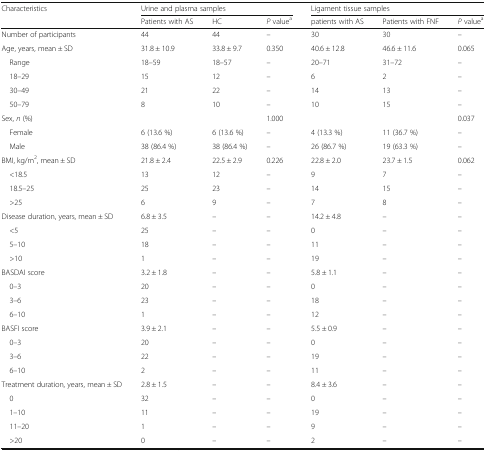
<table><thead><tr><td rowspan="2"><b>Characteristics</b></td><td colspan="3"><b>Urine and plasma samples</b></td><td colspan="3"><b>Ligament tissue samples</b></td></tr><tr><td><b>Patients with AS</b></td><td><b>HC</b></td><td><b><i>P</i> value<sup>a</sup></b></td><td><b>patients with AS</b></td><td><b>Patients with FNF</b></td><td><b><i>P</i> value<sup>a</sup></b></td></tr></thead><tbody><tr><td>Number of participants</td><td>44</td><td>44</td><td>–</td><td>30</td><td>30</td><td>–</td></tr><tr><td>Age, years, mean ± SD</td><td>31.8 ± 10.9</td><td>33.8 ± 9.7</td><td>0.350</td><td>40.6 ± 12.8</td><td>46.6 ± 11.6</td><td>0.065</td></tr><tr><td> Range</td><td>18–59</td><td>18–57</td><td>–</td><td>20–71</td><td>31–72</td><td>–</td></tr><tr><td> 18–29</td><td>15</td><td>12</td><td>–</td><td>6</td><td>2</td><td>–</td></tr><tr><td> 30–49</td><td>21</td><td>22</td><td>–</td><td>14</td><td>13</td><td>–</td></tr><tr><td> 50–79</td><td>8</td><td>10</td><td>–</td><td>10</td><td>15</td><td>–</td></tr><tr><td>Sex, <i>n</i> (%)</td><td></td><td></td><td>1.000</td><td></td><td></td><td>0.037</td></tr><tr><td> Female</td><td>6 (13.6 %)</td><td>6 (13.6 %)</td><td>–</td><td>4 (13.3 %)</td><td>11 (36.7 %)</td><td>–</td></tr><tr><td> Male</td><td>38 (86.4 %)</td><td>38 (86.4 %)</td><td>–</td><td>26 (86.7 %)</td><td>19 (63.3 %)</td><td>–</td></tr><tr><td>BMI, kg/m<sup>2</sup>, mean ± SD</td><td>21.8 ± 2.4</td><td>22.5 ± 2.9</td><td>0.226</td><td>22.8 ± 2.0</td><td>23.7 ± 1.5</td><td>0.062</td></tr><tr><td> &lt;18.5</td><td>13</td><td>12</td><td>–</td><td>9</td><td>7</td><td>–</td></tr><tr><td> 18.5–25</td><td>25</td><td>23</td><td>–</td><td>14</td><td>15</td><td>–</td></tr><tr><td> &gt;25</td><td>6</td><td>9</td><td>–</td><td>7</td><td>8</td><td>–</td></tr><tr><td>Disease duration, years, mean ± SD</td><td>6.8 ± 3.5</td><td>–</td><td>–</td><td>14.2 ± 4.8</td><td>–</td><td>–</td></tr><tr><td> &lt;5</td><td>25</td><td>–</td><td>–</td><td>0</td><td>–</td><td>–</td></tr><tr><td> 5–10</td><td>18</td><td>–</td><td>–</td><td>11</td><td>–</td><td>–</td></tr><tr><td> &gt;10</td><td>1</td><td>–</td><td>–</td><td>19</td><td>–</td><td>–</td></tr><tr><td>BASDAI score</td><td>3.2 ± 1.8</td><td>–</td><td>–</td><td>5.8 ± 1.1</td><td>–</td><td>–</td></tr><tr><td> 0–3</td><td>20</td><td>–</td><td>–</td><td>0</td><td>–</td><td>–</td></tr><tr><td> 3–6</td><td>23</td><td>–</td><td>–</td><td>18</td><td>–</td><td>–</td></tr><tr><td> 6–10</td><td>1</td><td>–</td><td>–</td><td>12</td><td>–</td><td>–</td></tr><tr><td>BASFI score</td><td>3.9 ± 2.1</td><td>–</td><td>–</td><td>5.5 ± 0.9</td><td>–</td><td>–</td></tr><tr><td> 0–3</td><td>20</td><td>–</td><td>–</td><td>0</td><td>–</td><td>–</td></tr><tr><td> 3–6</td><td>22</td><td>–</td><td>–</td><td>19</td><td>–</td><td>–</td></tr><tr><td> 6–10</td><td>2</td><td>–</td><td>–</td><td>11</td><td>–</td><td>–</td></tr><tr><td>Treatment duration, years, mean ± SD</td><td>2.8 ± 1.5</td><td>–</td><td>–</td><td>8.4 ± 3.6</td><td>–</td><td>–</td></tr><tr><td> 0</td><td>32</td><td>–</td><td>–</td><td>0</td><td>–</td><td>–</td></tr><tr><td> 1–10</td><td>11</td><td>–</td><td>–</td><td>19</td><td>–</td><td>–</td></tr><tr><td> 11–20</td><td>1</td><td>–</td><td>–</td><td>9</td><td>–</td><td>–</td></tr><tr><td> &gt;20</td><td>0</td><td>–</td><td>–</td><td>2</td><td>–</td><td>–</td></tr></tbody></table>